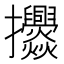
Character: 𭣓